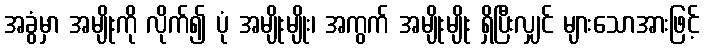
အခွံမှာ အမျိုးကို လိုက်၍ ပုံ အမျိုးမျိုး၊ အကွက် အမျိုးမျိုး ရှိပြီးလျှင် များသောအားဖြင့်